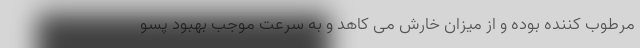
مرطوب کننده بوده و از میزان خارش می کاهد و به سرعت موجب بهبود پسو